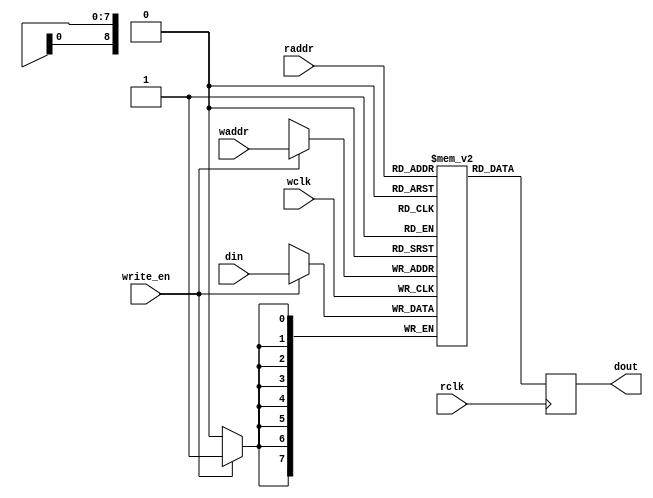
/* from reference inference example in 
Memory Usage Guide for iCE40 Devices Technical Note TN1250
*/

module ram (din, write_en, waddr, wclk, raddr, rclk, dout);//512x8
	parameter addr_width = 9;
	parameter data_width = 8;
	input [addr_width-1:0] waddr, raddr;
	input [data_width-1:0] din;
	input write_en, wclk, rclk;
	output reg [data_width-1:0] dout;
	reg [data_width-1:0] mem [(1<<addr_width)-1:0]
	;

	always @(negedge wclk) // Write memory.
	begin
		if (write_en) mem[waddr] <= din; // Using write address bus.
	end
	always @(posedge rclk) // Read memory.
	begin
		dout <= mem[raddr]; // Using read address bus.
	end
endmodule